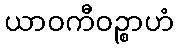
ယာဝကီဝဉ္စာဟံ